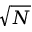
\sqrt { N }